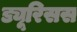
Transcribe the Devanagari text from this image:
ड्यूरिसस